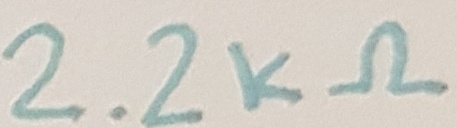
Text: 2.2KΩ